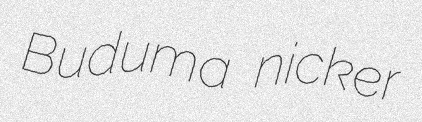
Buduma nicker